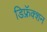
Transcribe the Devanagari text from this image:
डिफ्रॅक्शन